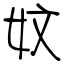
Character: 妏